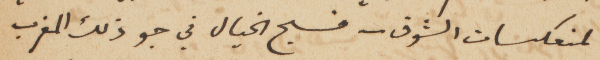
لمنعكسات الشوق – فسبح الخيال في جو ذلك المغرب